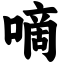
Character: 嘀